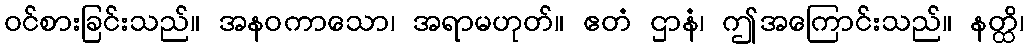
ဝင်စားခြင်းသည်။ အနဝကာသော၊ အရာမဟုတ်။ ဧတံ ဌာနံ၊ ဤအကြောင်းသည်။ နတ္ထိ၊